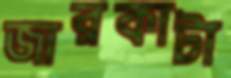
জারকাটা